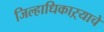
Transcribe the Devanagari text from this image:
जिल्हाधिकाऱ्याचे